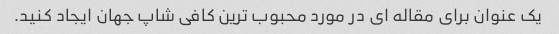
یک عنوان برای مقاله ای در مورد محبوب ترین کافی شاپ جهان ایجاد کنید.